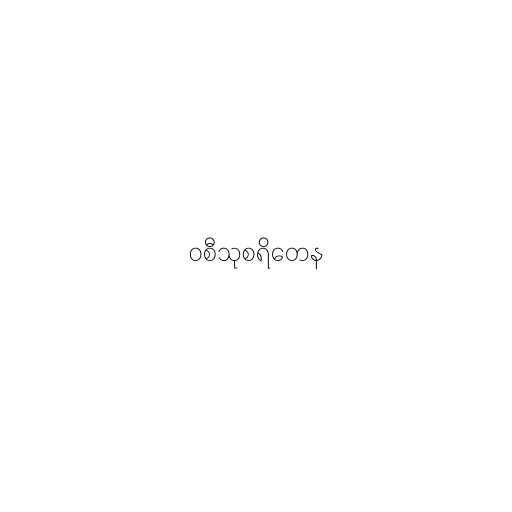
ဝစီသုစရိတေန